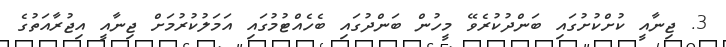
3. ޖިނާއީ ކުށްކުށުގައި ބަންދުކުރެވޭ މީހުން ބަންދުގައި ބެހެއްޓުމުގައި އަމަލުކުރުމަށް ޖިނާއީ އިޖުރާއަތުގެ